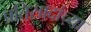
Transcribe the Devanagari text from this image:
प्रतिसादांच्या